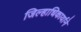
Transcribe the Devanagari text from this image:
जिल्हाधिकार्याने